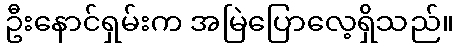
ဦးနောင်ရှမ်းက အမြဲပြောလေ့ရှိသည်။